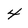
Character: 4